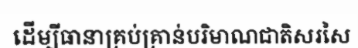
ដើម្បីធានាគ្រប់គ្រាន់បរិមាណជាតិសរសៃ